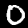
Label: 0